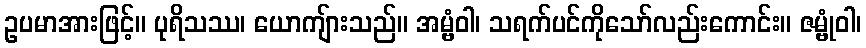
ဥပမာအားဖြင့်။ ပုရိသဿ၊ ယောကျ်ားသည်။ အမ္ဗံဝါ၊ သရက်ပင်ကိုသော်လည်းကောင်း။ ဇမ္ဗုံဝါ၊